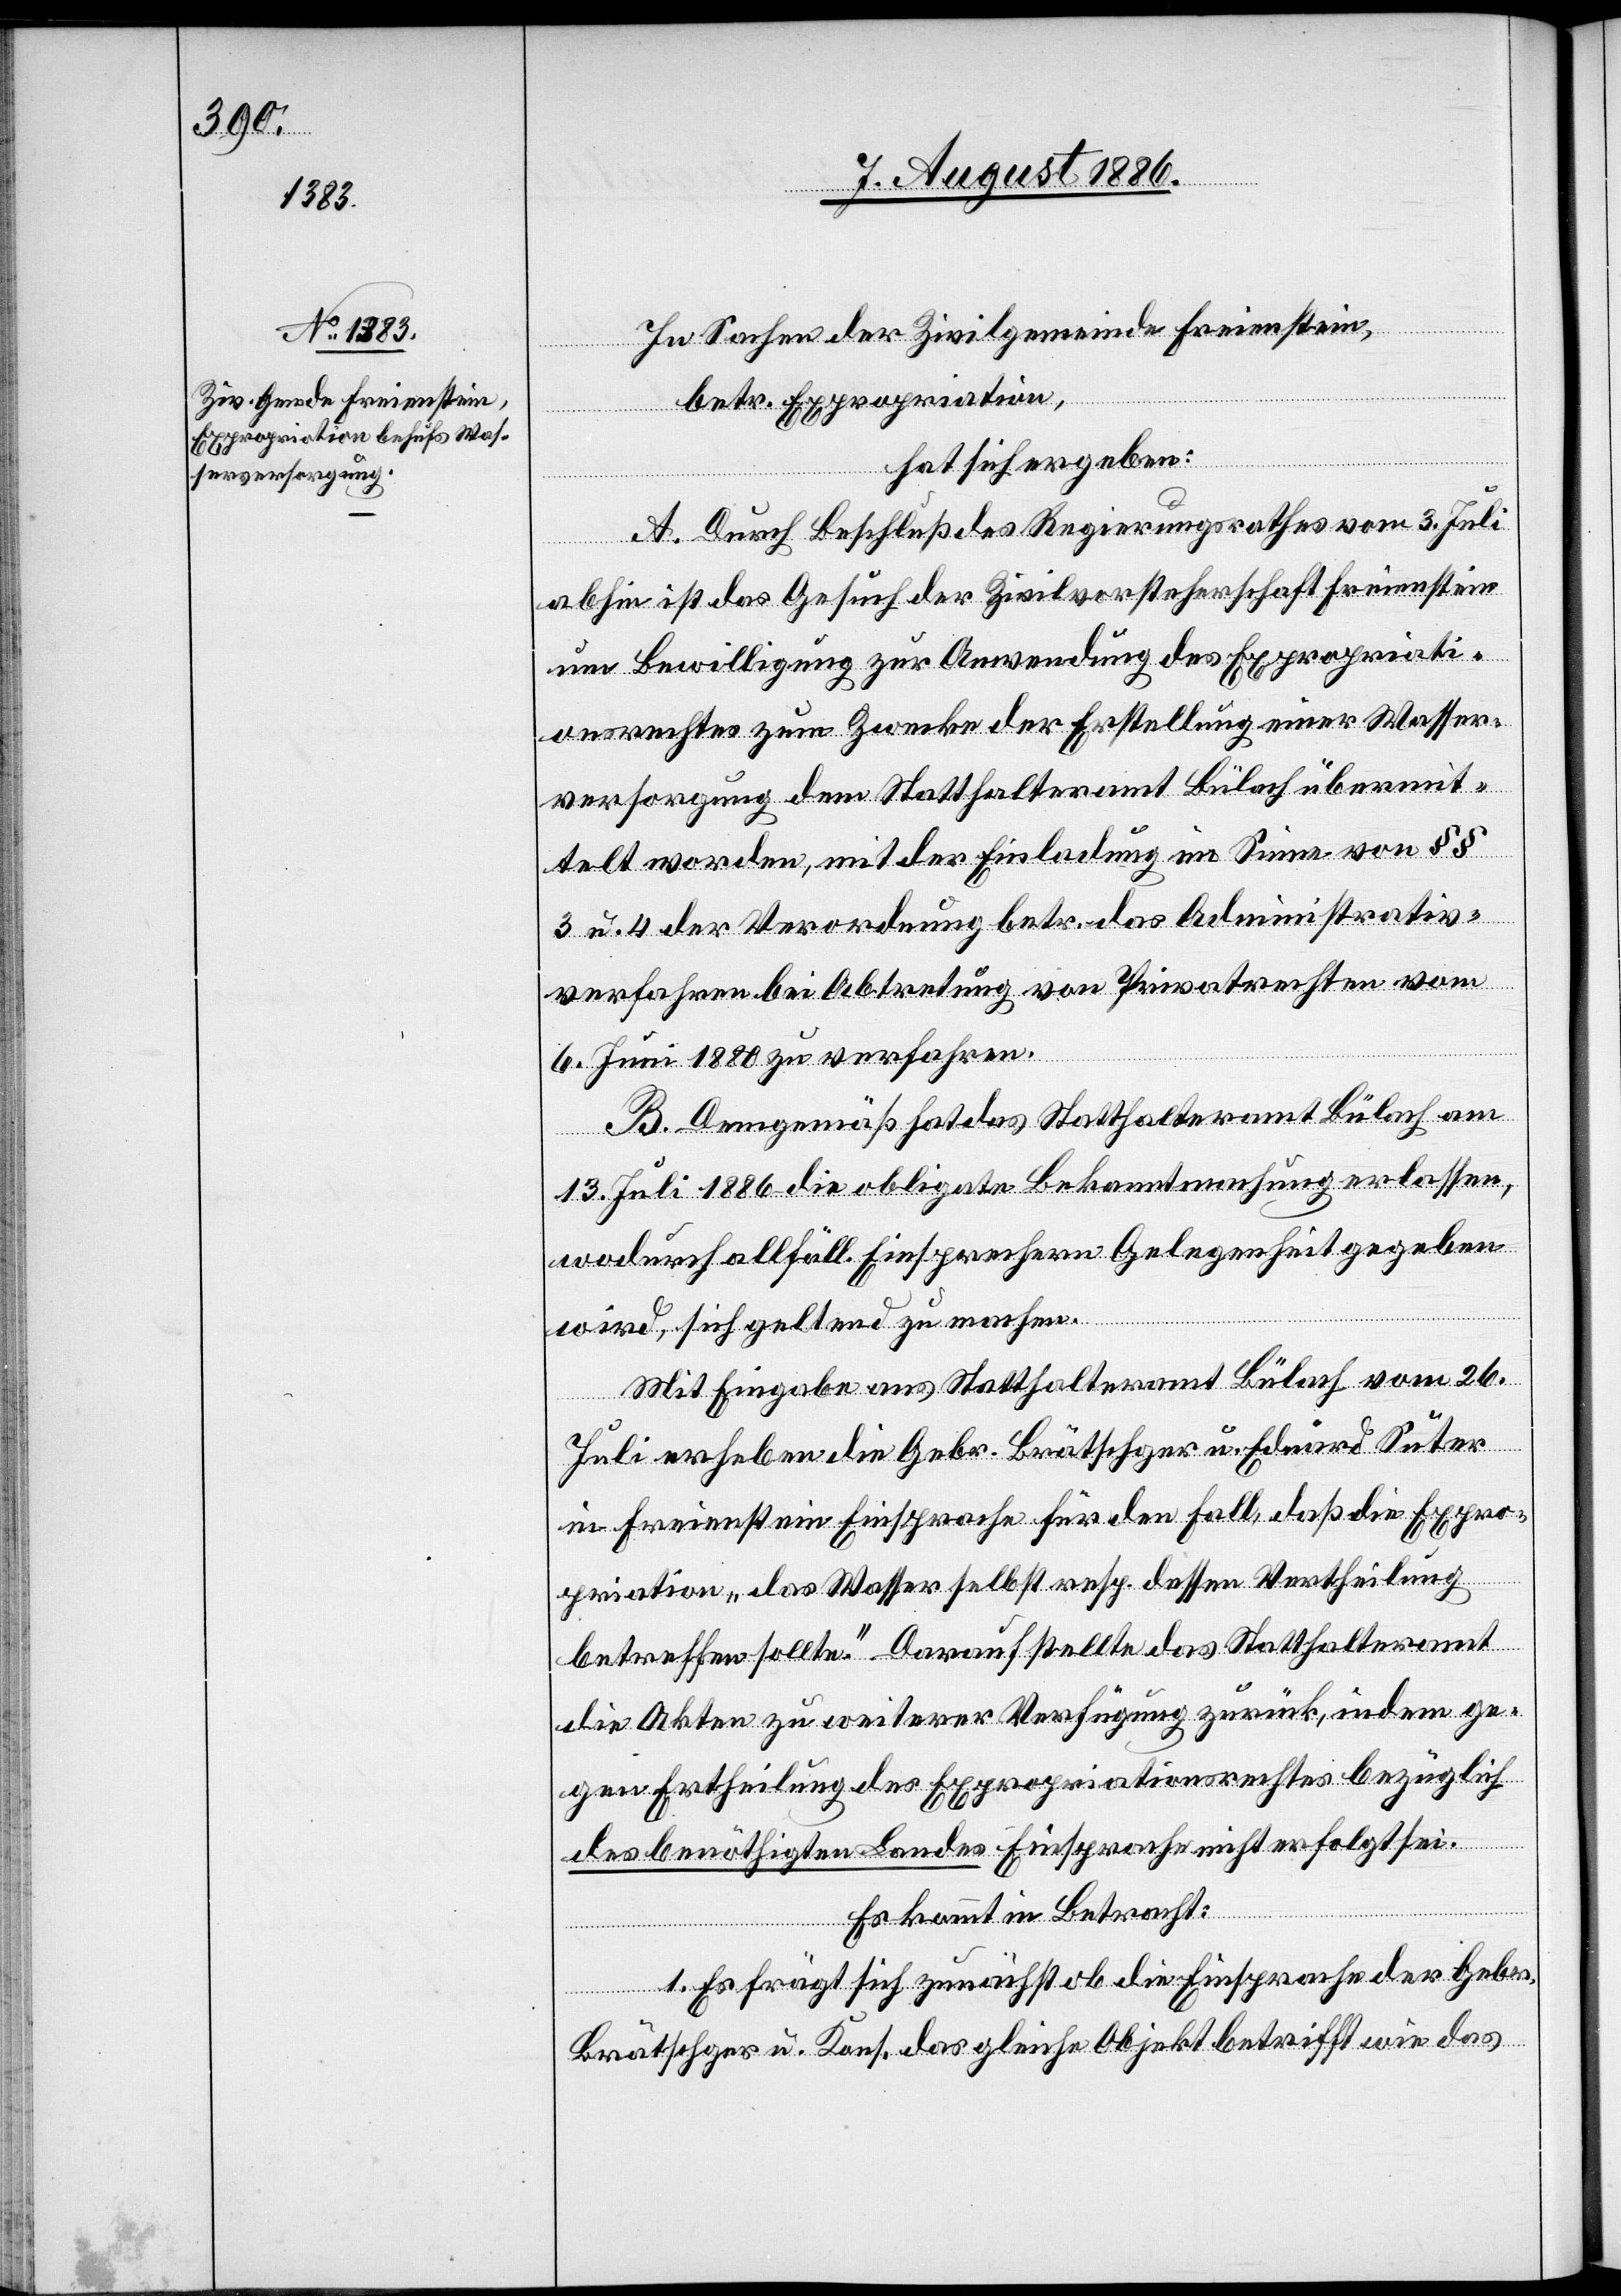
In Sachen der Zivilgemeinde Freienstein,
betr. Expropriation,
hat sich ergeben:
A. Durch Beschluß des Regierungsrathes vom 3. Juli
abhin ist das Gesuch der Zivilvorsteherschaft Freienstein
um Bewilligung zur Anwendung des Expropriati¬
onsrechtes zum Zwecke der Erstellung einer Wasser¬
versorgung dem Statthalteramt Bülach übermit¬
telt worden, mit der Einladung im Sinne von §§
3 u. 4 der Verordnung betr. das Administrativ¬
verfahren bei Abtretung von Privatrechten vom
6. Juni 1880 zu verfahren.
B. Demgemäß hat das Statthalteramt Bülach am
13. Juli 1886 die obligate Bekanntmachung erlassen,
wodurch allfäll. Einsprechern Gelegenheit gegeben
wird, sich geltend zu machen.
Mit Eingabe ans Statthalteramt Bülach vom 26.
Juli erheben die Gebr. Brätschger u. Eduard Suter
in Freienstein Einsprache für den Fall, daß die Expro¬
priation „das Wasser selbst resp. dessen Vertheilung
betreffen sollte.“ Darauf stellte das Statthalteramt
die Akten zu weiterer Verfügung zurück, indem ge¬
gen Ertheilung des Expropriationsrechtes bezüglich
des benöthigten Landes Einsprache nicht erfolgt sei.
Es kommt in Betracht:
1. Es frägt sich zunächst ob die Einsprache der Gebr.
Brätschger u. Kons. das gleiche Objekt betrifft wie das